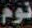
نوم